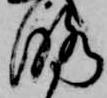
略